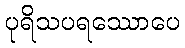
ပုရိသပရဿောပေ